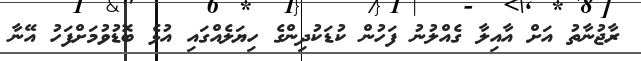
ރާޖުނާތު އަށް އާއިލާ ގެއްލުނު ފަހުން ކުޑަކުދިންގެ ހިޔަލެއްގައި އުޅެ ބޮޑުވުމަށްފަހު އޭނާ